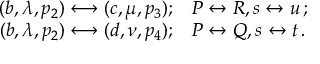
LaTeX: \begin{array} { r l } { { ( b , \lambda , p _ { 2 } ) \longleftrightarrow ( c , \mu , p _ { 3 } ) ; } } & { { P \leftrightarrow R , s \leftrightarrow u \, ; } } \\ { { ( b , \lambda , p _ { 2 } ) \longleftrightarrow ( d , \nu , p _ { 4 } ) ; } } & { { P \leftrightarrow Q , s \leftrightarrow t \, . } } \end{array}